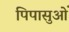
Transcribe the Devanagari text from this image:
पिपासुओं